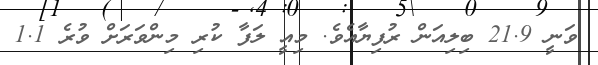
ވަނީ 21.9 ބިލިއަން ރުފިޔާއެވެ. މިއީ ލަފާ ކުރި މިންވަރަށް ވުރެ 1.1